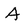
Character: A